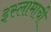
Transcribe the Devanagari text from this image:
इस्लामाची